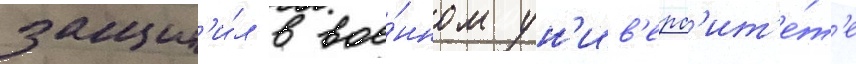
защит'и́л в вое́нном ун'ив'ерс'ит'е́т'е